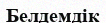
Белдемдік